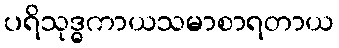
ပရိသုဒ္ဓကာယသမာစာရတာယ